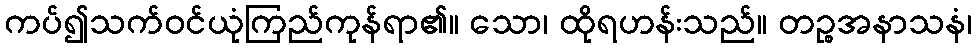
ကပ်၍သက်ဝင်ယုံကြည်ကုန်ရာ၏။ သော၊ ထိုရဟန်းသည်။ တဉ္စအနာသနံ၊